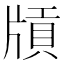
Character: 𤗤